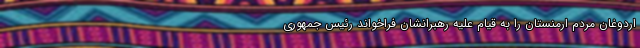
اردوغان مردم ارمنستان را به قیام علیه رهبرانشان فراخواند رئیس جمهوری